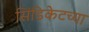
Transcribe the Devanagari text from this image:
सिंडिकेटच्या